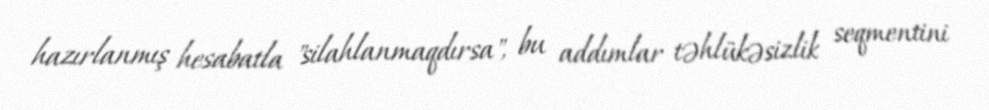
hazırlanmış hesabatla "silahlanmaqdırsa", bu addımlar təhlükəsizlik seqmentini